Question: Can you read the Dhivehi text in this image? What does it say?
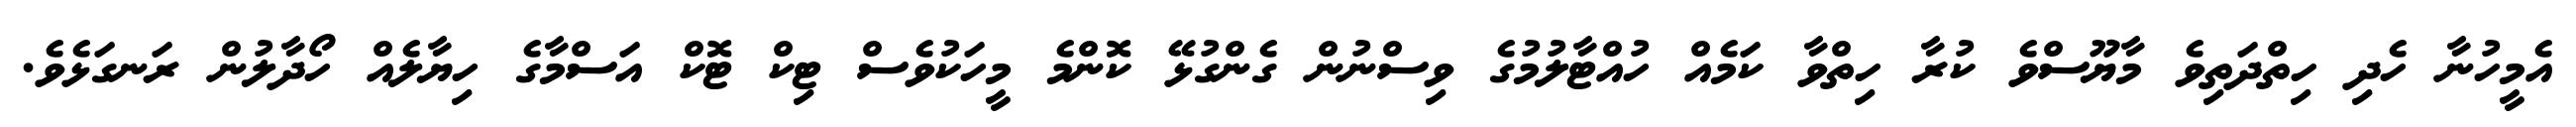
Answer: އެމީހުނާ ހެދި ހިތްދަތިވެ މާޔޫސްވެ ކުރާ ހިތްވާ ކަމެއް ހުއްޓާލުމުގެ ވިސްނުން ގެންގުޅޭ ކޮންމެ މީހަކުވެސް ޓިކް ޓޮކް އަސްމާގެ ހިޔާލެއް ހޯދާލުން ރަނގަޅެވެ.